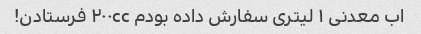
اب معدنی ۱ لیتری سفارش داده بودم ۲۰۰cc فرستادن!